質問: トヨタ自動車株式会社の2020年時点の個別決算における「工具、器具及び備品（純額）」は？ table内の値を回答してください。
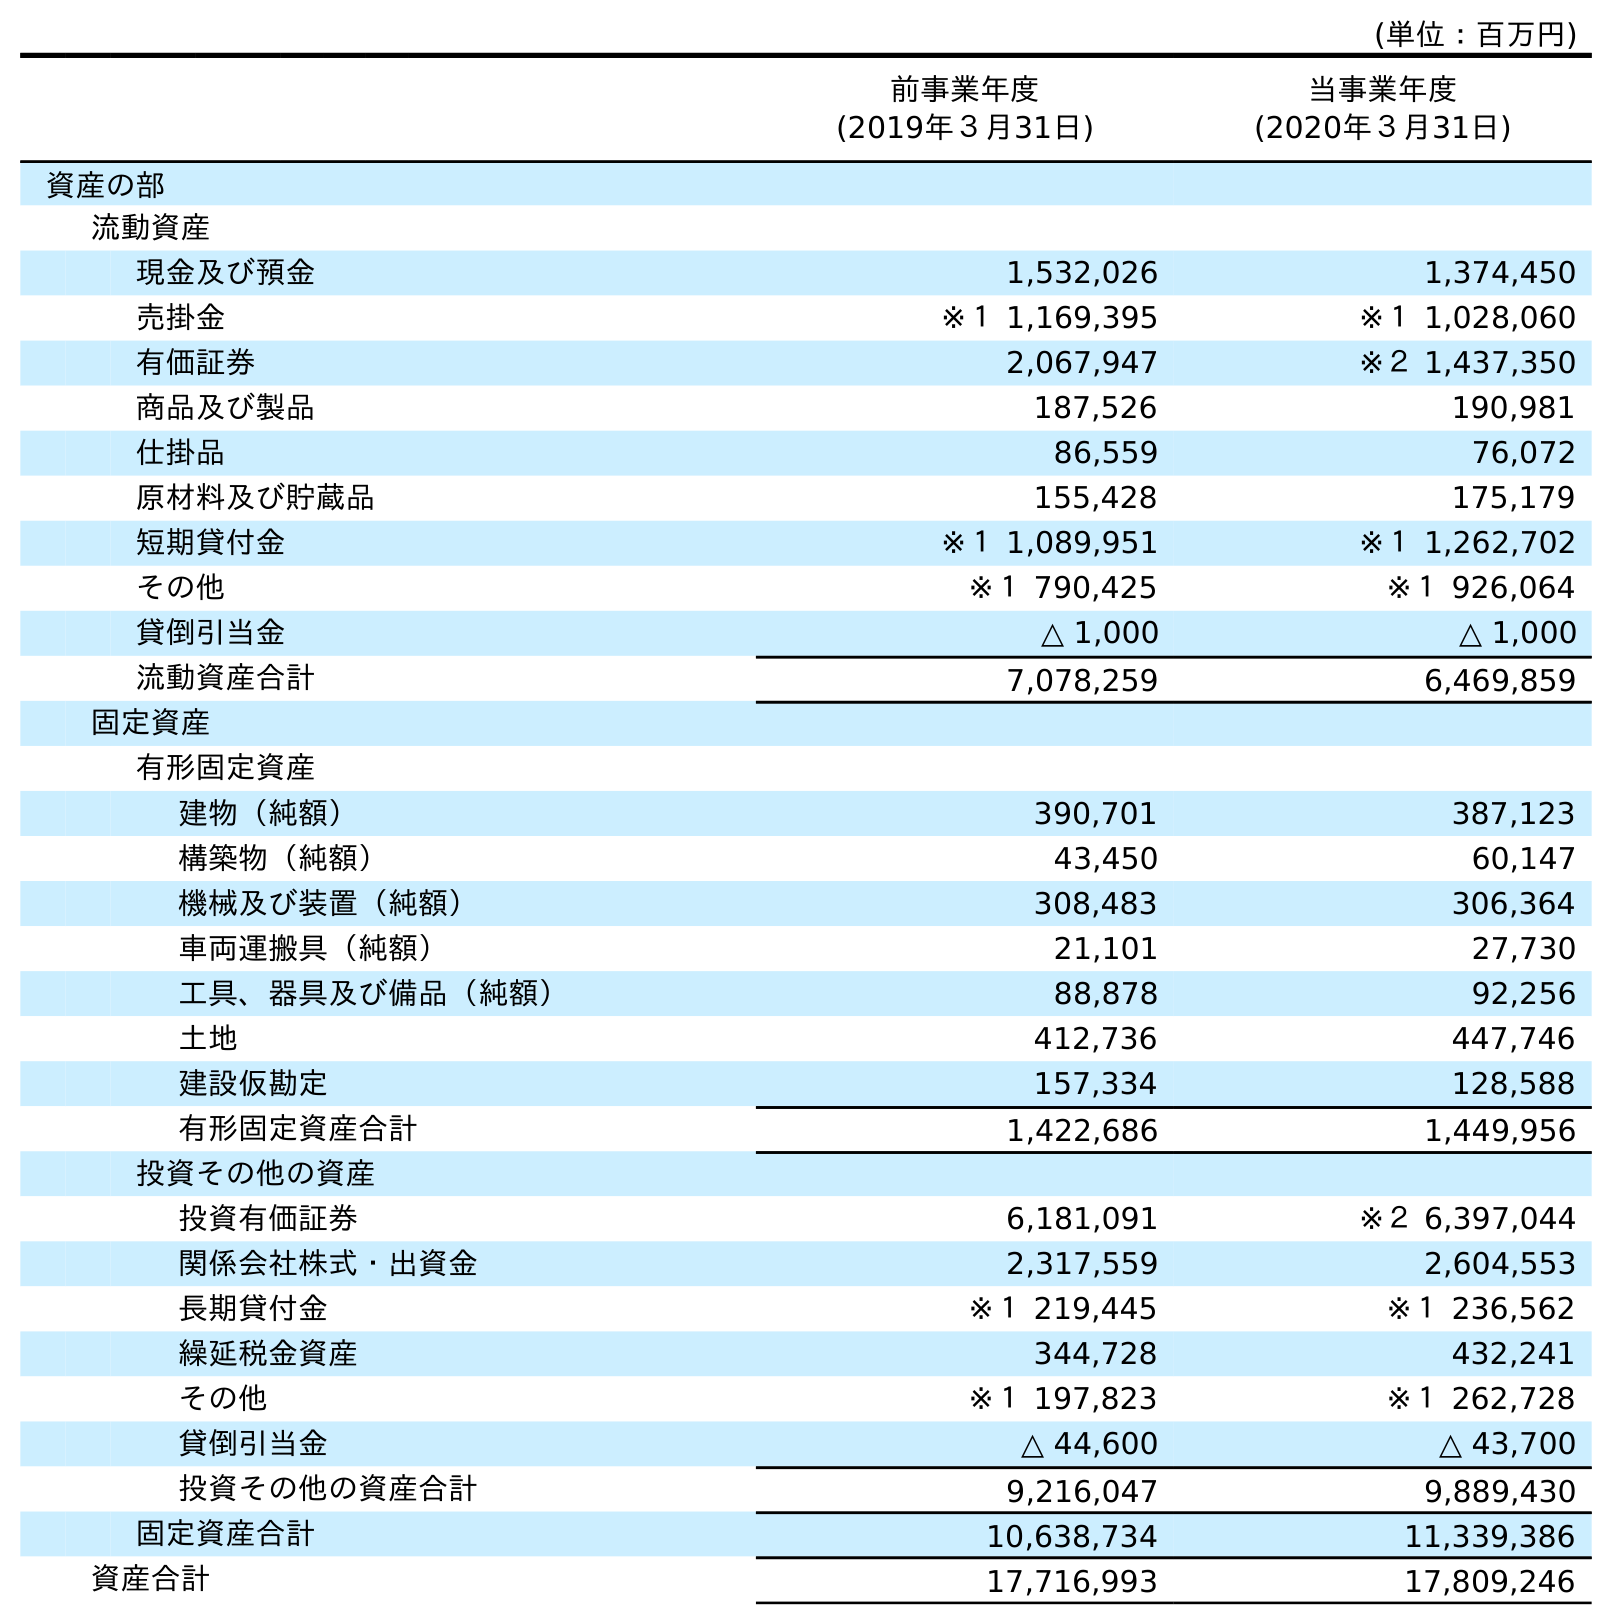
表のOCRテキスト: (単位：百万円) 前事業年度 (2019年３月31日) 当事業年度 (2020年３月31日) 資産の部 流動資産 現金及び預金 1,532,026 1,374,450 売掛金 ※１ 1,169,395 ※１ 1,028,060 有価証券 2,067,947 ※２ 1,437,350 商品及び製品 187,526 190,981 仕掛品 86,559 76,072 原材料及び貯蔵品 155,428 175,179 短期貸付金 ※１ 1,089,951 ※１ 1,262,702 その他 ※１ 790,425 ※１ 926,064 貸倒引当金 △ 1,000 △ 1,000 流動資産合計 7,078,259 6,469,859 固定資産 有形固定資産 建物（純額） 390,701 387,123 構築物（純額） 43,450 60,147 機械及び装置（純額） 308,483 306,364 車両運搬具（純額） 21,101 27,730 工具、器具及び備品（純額） 88,878 92,256 土地 412,736 447,746 建設仮勘定 157,334 128,588 有形固定資産合計 1,422,686 1,449,956 投資その他の資産 投資有価証券 6,181,091 ※２ 6,397,044 関係会社株式・出資金 2,317,559 2,604,553 長期貸付金 ※１ 219,445 ※１ 236,562 繰延税金資産 344,728 432,241 その他 ※１ 197,823 ※１ 262,728 貸倒引当金 △ 44,600 △ 43,700 投資その他の資産合計 9,216,047 9,889,430 固定資産合計 10,638,734 11,339,386 資産合計 17,716,993 17,809,246
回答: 92,256